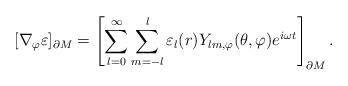
LaTeX: \begin{align*}[\nabla_{\varphi}\varepsilon]_{\partial M}=\left[\sum_{l=0}^{\infty} \sum_{m=-l}^{l} \varepsilon_{l}(r)Y_{lm,\varphi}(\theta,\varphi)e^{i\omega t}\right]_{\partial M}.\end{align*}